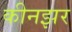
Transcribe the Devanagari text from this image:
कीनझर